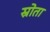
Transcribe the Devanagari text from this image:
स्रोता